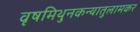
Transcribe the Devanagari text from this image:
वृषमिथुनकन्यातुलामकर